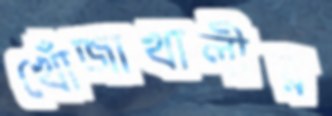
খোঁজাখালীর